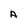
Character: A